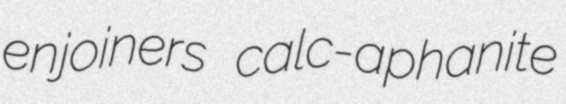
enjoiners calc-aphanite